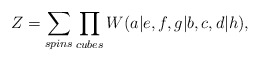
\begin{align*}Z=\sum_{spins}\prod_{cubes}W(a|e,f,g|b,c,d|h), \end{align*}